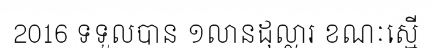
2016 ទទួលបាន ១លានដុល្លារ ខណៈស្មើ